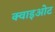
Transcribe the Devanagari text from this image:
क्वाइओट